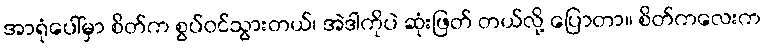
အာရုံပေါ်မှာ စိတ်က စွပ်ဝင်သွားတယ်၊ အဲဒါကိုပဲ ဆုံးဖြတ် တယ်လို့ ပြောတာ။ စိတ်ကလေးက